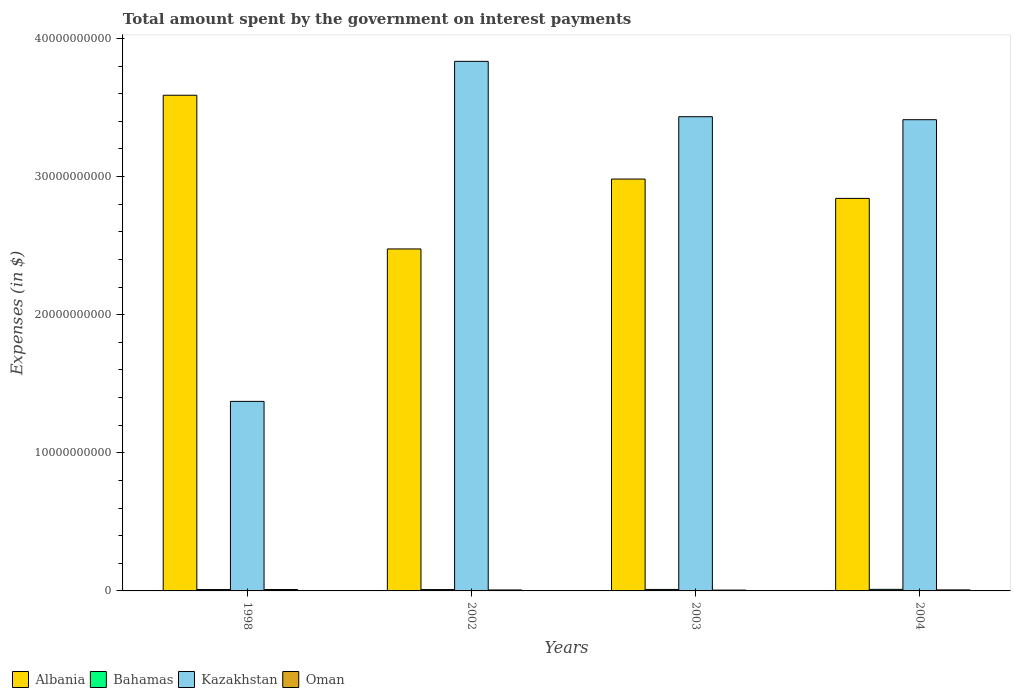
| Years | Albania | Bahamas | Kazakhstan | Oman |
 | --- | --- | --- | --- | --- |
 | 1998 | 3.59e+10 | 9.91e+07 | 1.37e+10 | 1.02e+08 |
 | 2002 | 2.48e+10 | 9.83e+07 | 3.83e+10 | 6.98e+07 |
 | 2003 | 2.98e+10 | 1.07e+08 | 3.43e+10 | 5.99e+07 |
 | 2004 | 2.84e+10 | 1.14e+08 | 3.41e+10 | 7.44e+07 |